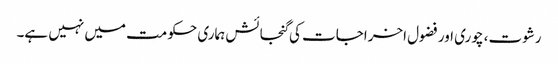
رشوت، چوری اور فضول اخراجات کی گنجائش ہماری حکومت میں نہیں ہے۔